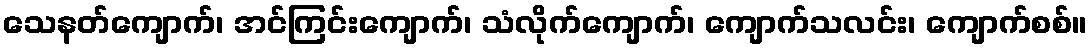
သေနတ်ကျောက်၊ အင်ကြင်းကျောက်၊ သံလိုက်ကျောက်၊ ကျောက်သလင်း၊ ကျောက်စစ်။